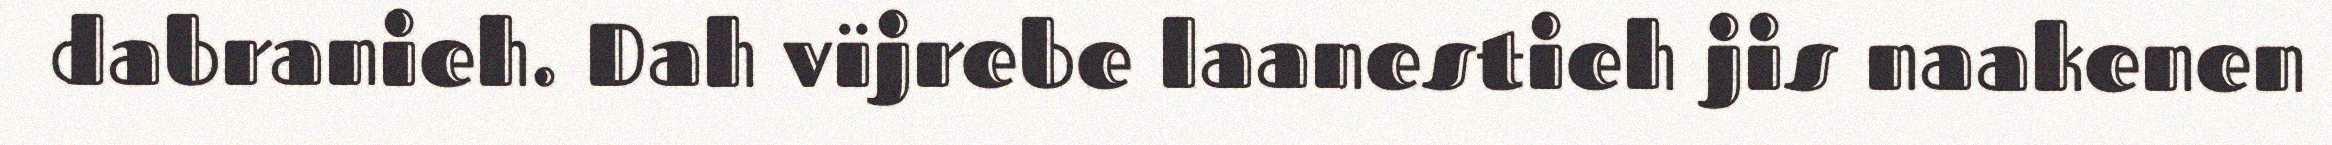
dabranieh. Dah vïjrebe laanestieh jis naakenen